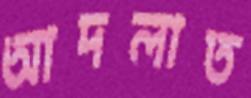
আদলাত